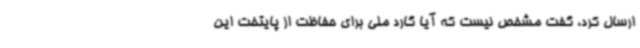
ارسال کرد، گفت مشخص نیست که آیا گارد ملی برای حفاظت از پایتخت این